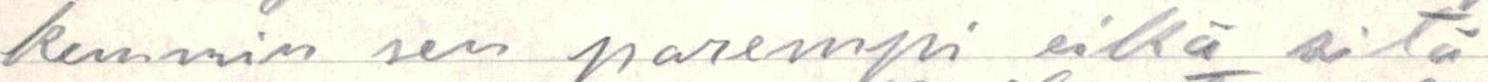
kemmin sen parempi eikä sitä